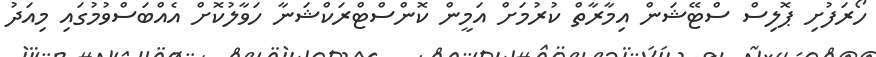
ހޯރަފުށި ޕޮލިސް ސްޓޭޝަން އިމާރާތް ކުރުމަށް އަމީން ކޮންސްޓްރަކްޝަނާ ހަވާލުކޮށް އެއްބަސްވުމުގައި މިއަދު